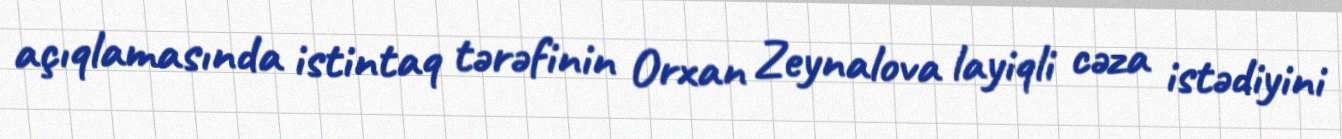
açıqlamasında istintaq tərəfinin Orxan Zeynalova layiqli cəza istədiyini